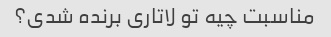
مناسبت چیه تو لاتاری برنده شدی؟